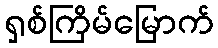
ရှစ်ကြိမ်မြောက်